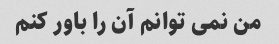
من نمی توانم آن را باور کنم